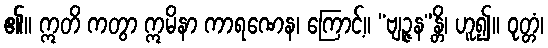
၏။ ဣတိ ကတွာ ဣမိနာ ကာရဏေန၊ ကြောင့်။ “ဗျဉ္ဇန”န္တိ၊ ဟူ၍။ ဝုတ္တံ၊